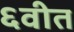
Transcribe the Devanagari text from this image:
६वीत